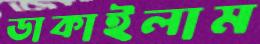
ডাকাইলাম